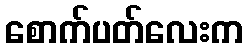
စောက်ပတ်လေးက